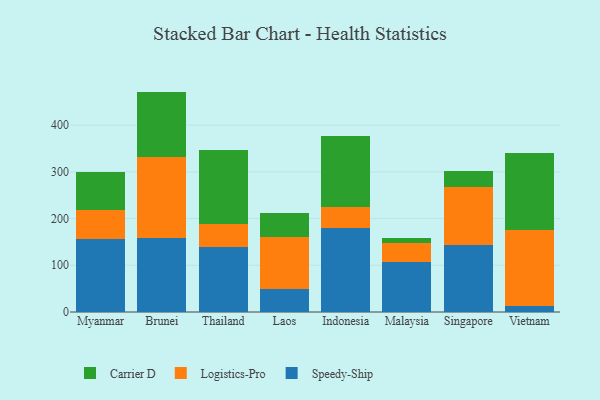
{"axis": {"x": "Country", "y": "Churn Rate (%)"}, "legend": ["Carrier D", "Logistics-Pro", "Speedy-Ship"], "data": [{"x": "Myanmar", "y": 156.6, "type": "Speedy-Ship"}, {"x": "Myanmar", "y": 62.2, "type": "Logistics-Pro"}, {"x": "Myanmar", "y": 81.1, "type": "Carrier D"}, {"x": "Brunei", "y": 158.5, "type": "Speedy-Ship"}, {"x": "Brunei", "y": 173.9, "type": "Logistics-Pro"}, {"x": "Brunei", "y": 139.4, "type": "Carrier D"}, {"x": "Thailand", "y": 139.7, "type": "Speedy-Ship"}, {"x": "Thailand", "y": 49.1, "type": "Logistics-Pro"}, {"x": "Thailand", "y": 158.0, "type": "Carrier D"}, {"x": "Laos", "y": 49.5, "type": "Speedy-Ship"}, {"x": "Laos", "y": 111.6, "type": "Logistics-Pro"}, {"x": "Laos", "y": 50.3, "type": "Carrier D"}, {"x": "Indonesia", "y": 179.1, "type": "Speedy-Ship"}, {"x": "Indonesia", "y": 45.8, "type": "Logistics-Pro"}, {"x": "Indonesia", "y": 151.5, "type": "Carrier D"}, {"x": "Malaysia", "y": 106.5, "type": "Speedy-Ship"}, {"x": "Malaysia", "y": 42.0, "type": "Logistics-Pro"}, {"x": "Malaysia", "y": 9.2, "type": "Carrier D"}, {"x": "Singapore", "y": 143.1, "type": "Speedy-Ship"}, {"x": "Singapore", "y": 124.7, "type": "Logistics-Pro"}, {"x": "Singapore", "y": 34.1, "type": "Carrier D"}, {"x": "Vietnam", "y": 13.6, "type": "Speedy-Ship"}, {"x": "Vietnam", "y": 160.9, "type": "Logistics-Pro"}, {"x": "Vietnam", "y": 165.6, "type": "Carrier D"}]}